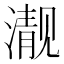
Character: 𪷍